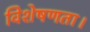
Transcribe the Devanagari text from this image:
विशेषणता।